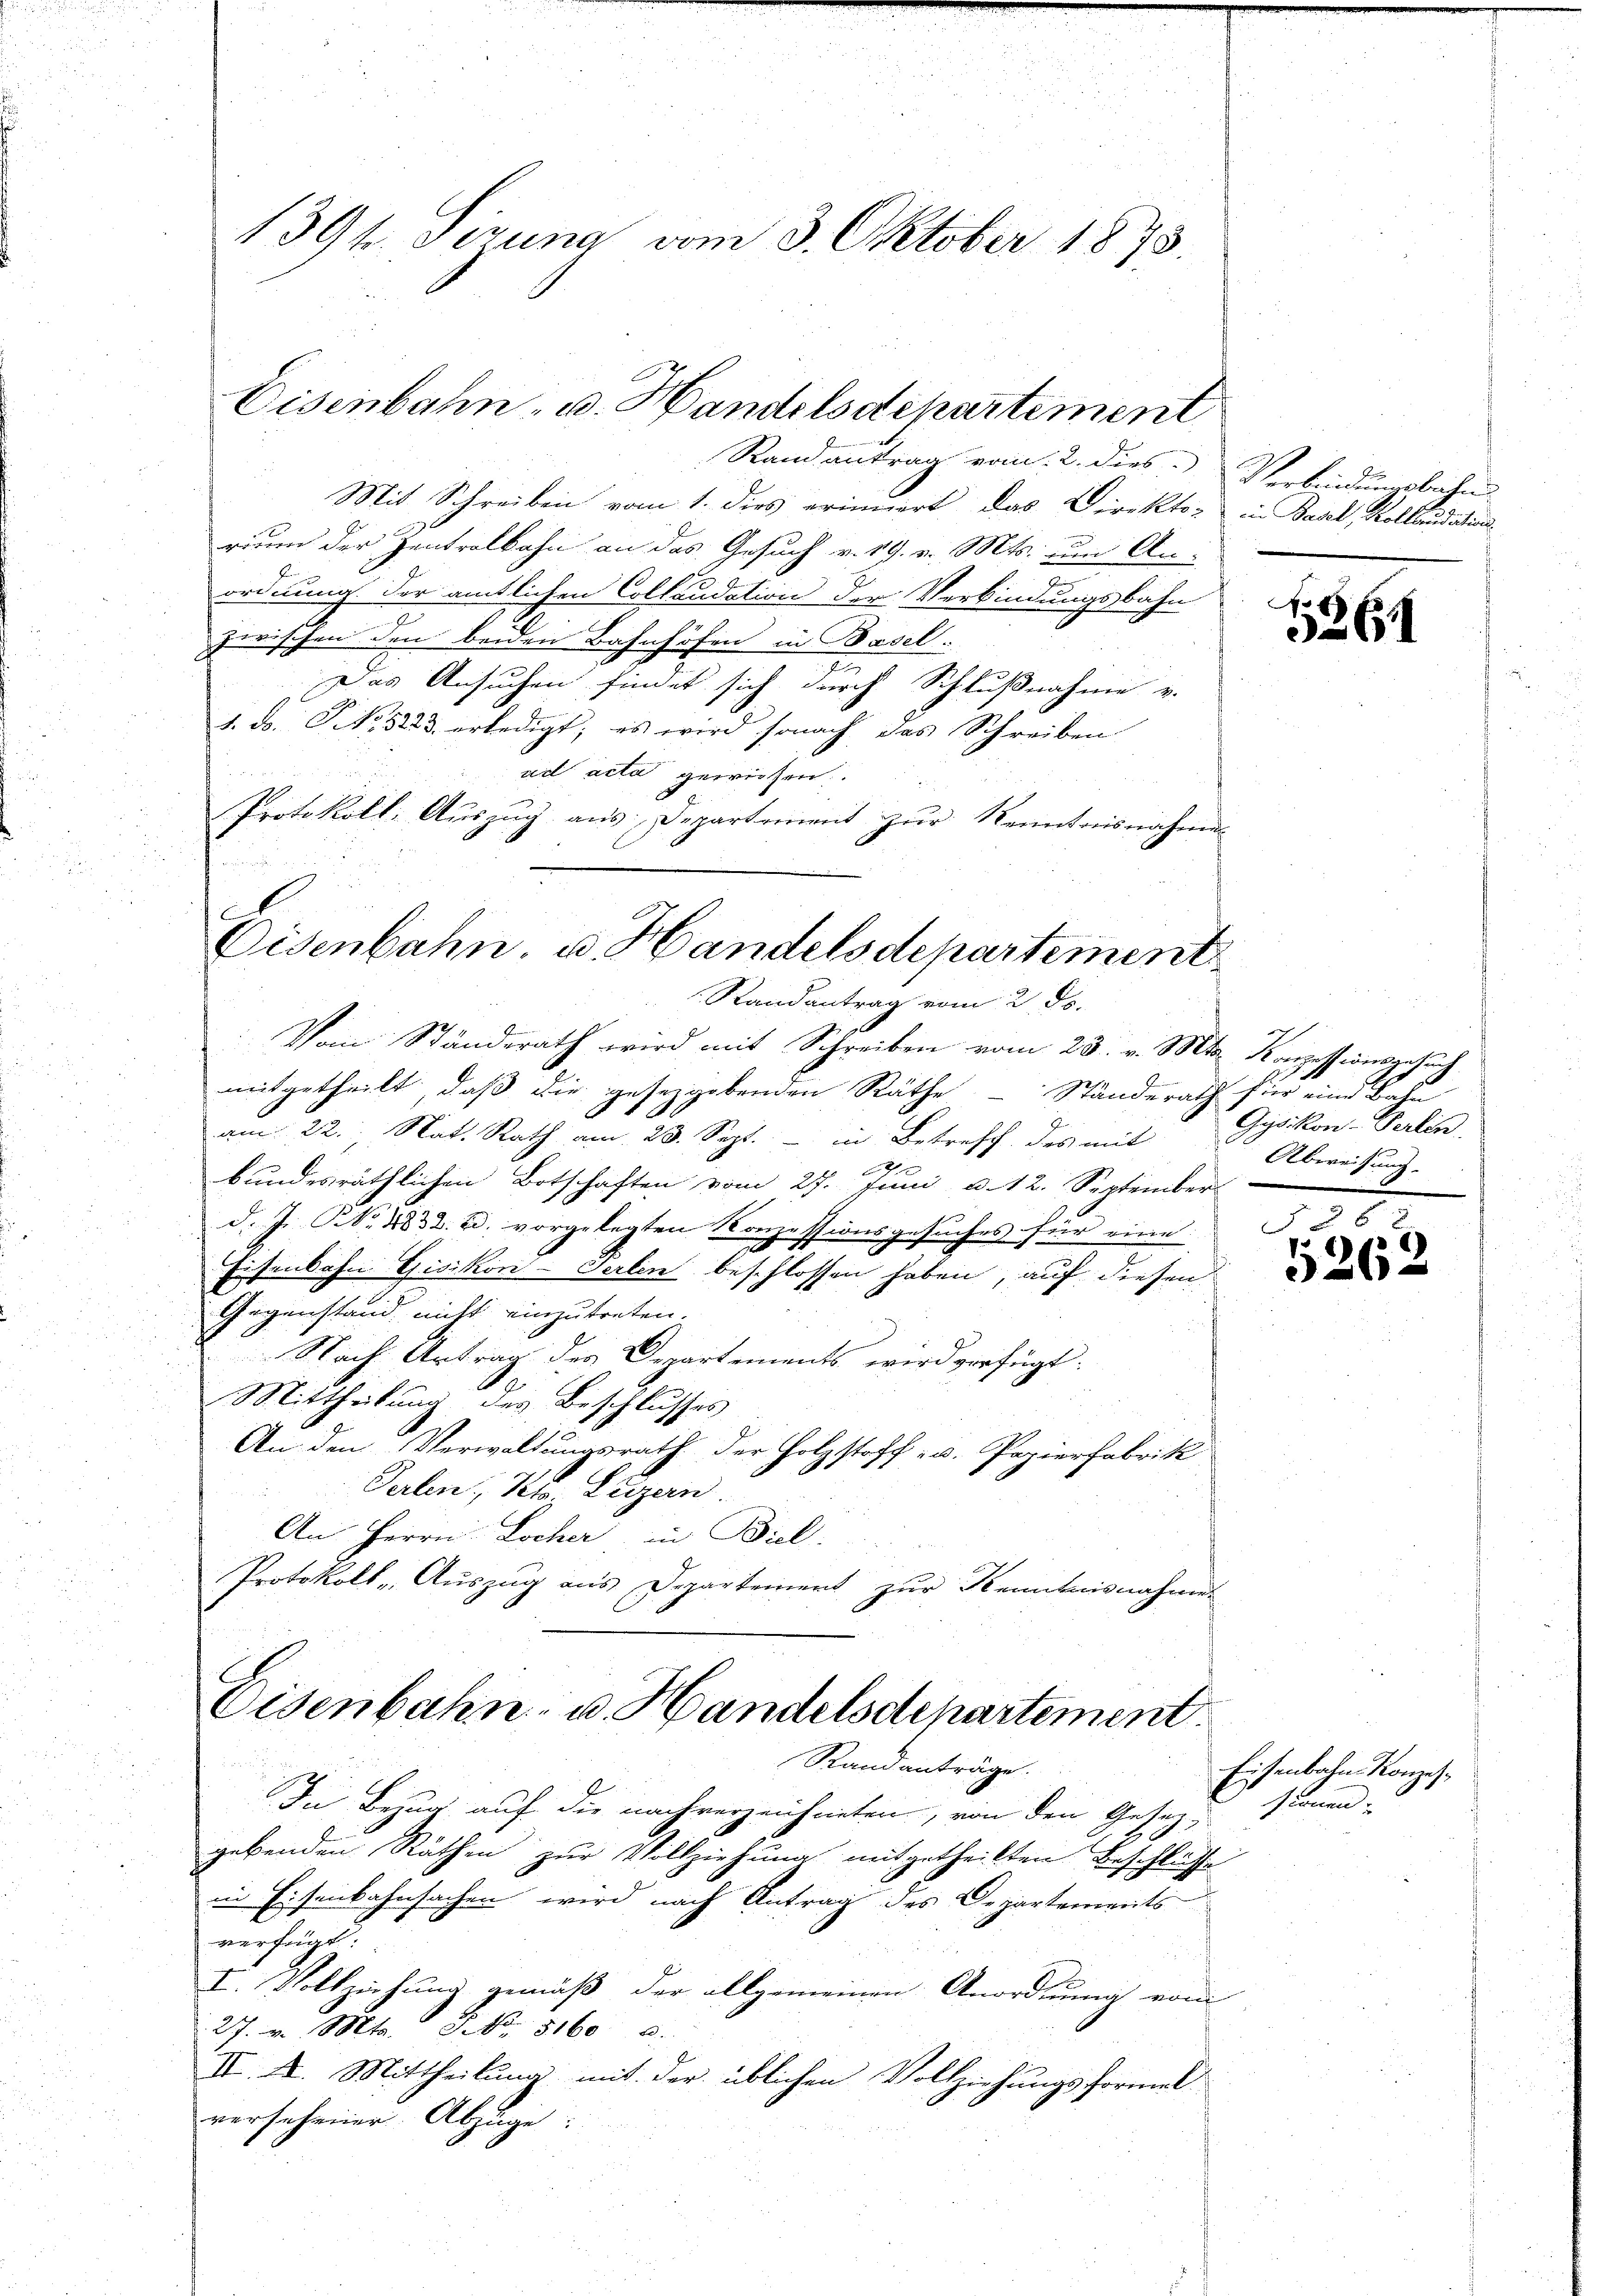
1394 Tizung vom 3. Oktober 1873.

Eisenbahn- u. Handelsdepartement

Randantrag vom 2. ds.

Randantrag vom 2. dies Verbindungsbahn-
Mit Schreiben vom 1. dies erinnert, das Direktor in Basel, Kollaudation
rium der Zentralbahn an das Gesuch v. 19. v. Mts. um An-
.
ordnung der amtlichen Collaudation der Verbindungsbahn
zwischen den beiden Bahnhöfen in Basel.
Das Ansuchen findet sich durch Schlußnahme v.
1. d. NNo. 5223 erledigt; es wird sonach das Schreiben
ad acta gewichen.
Protokoll: Auszug aus Departement zur Kenntnisnahme
.
e
Eisenbahn, u. Handelsdepartement

Vom Ständerath wird mit Schreiben vom 23. v. Mts. Konzessionsgesuch
mitgetheilt, daß die gesegebenden Räthe  Ständerath für eine Bahn
.
am 22. Nat. Rath am 23. Sept. - in Betreff des mit
h
bundesräthlichen Botschaften vom 27. Juni a. 12. September
d. Js. Nr. 1832. u. vorgelegten Konzessionsgesuches für eine
Eisenbahn Gisikon-Serlin beschlossen haben, auf diesen
Gegenstand nicht einzutreten.
Nach Antrag der Departements wird verfügt:
Mittheilung des Beschlusses
An den Verwaltungsrath der Holzstoff- u. Papierfabrik
Perlen, Kt. Luzern.
An Herrn Locher in Biel,
Protokoll - Auszug aus Departement zur Kenntnisnahme

Eisenbahn- u. Handelsdepartement.
Randanträge.

In Bezug auf die nachverzeichneten, von den Gesetz-
gebenden Räthen zur Vollziehung mitgetheilten Beschlüsse
in Eisenbahnsachen wird nach Antrag des Departements
verfügt:
I. Vollziehung gemäß der allgemeinen Anordnung vom
27. v. Mts. S. Nr. 81600.
II. A. Mittheilung mit der üblichen Vollziehungsformel
versehener Abzuge:

1786

Gys kon-Gerlin
Abereitung.

2

25
3262

Eisenbahn Konzessionen.